Annual report of the Punjab Veterinary College and of the Civil Veterinary Department, Punjab - 1920-1925
Year: 1920
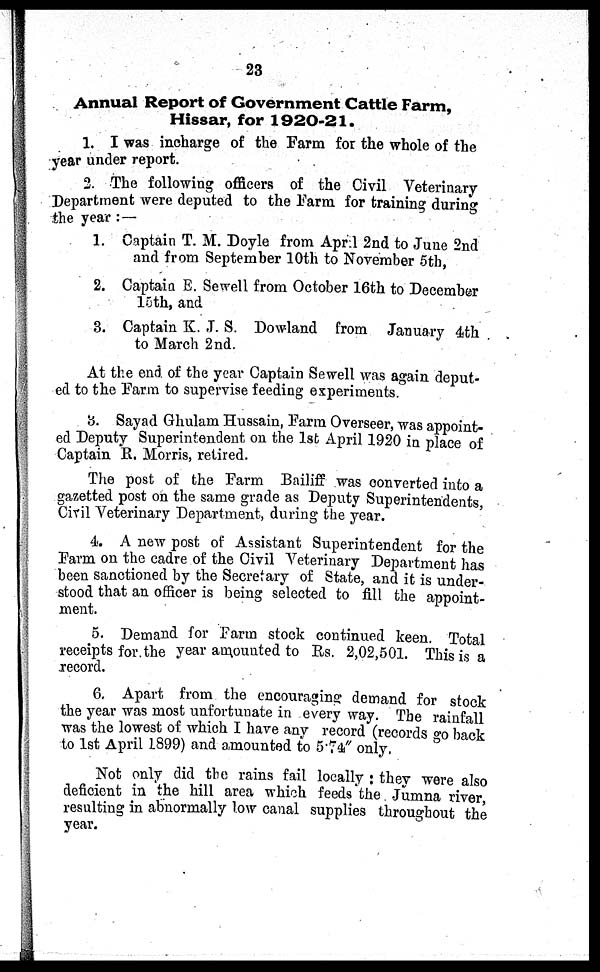
23
Annual Report of Government Cattle Farm,
Hissar, for 1920-21.
1. I was incharge of the Farm for the whole of the
year under report.
2. The following officers of the Civil Veterinary
Department were deputed to the Farm for training during
the year:—
1. Captain T. M. Doyle from April 2nd to June 2nd
and from September 10th to November 5th,
2. Captain E. Sewell from October 16th to December
15th, and
3. Captain K. J. S. Dowland from January 4th
to March 2nd.
At the end of the year Captain Sewell was again deput-
ed to the Farm to supervise feeding experiments.
3. Sayad Ghulam Hussain, Farm Overseer, was appoint-
ed Deputy Superintendent on the 1st April 1920 in place of
Captain R. Morris, retired.
The post of the Farm Bailiff was converted into a
gazetted post on the same grade as Deputy Superintendents
Civil Veterinary Department, during the year.
4. A new post of Assistant Superintendent for the
Farm on the cadre of the Civil Veterinary Department has
been sanctioned by the Secretary of State, and it is under-
stood that an officer is being selected to fill the appoint-
ment.
5. Demand for Farm stock continued keen. Total
receipts for the year amounted to Rs. 2,02,501. This is a
record.
6. Apart from the encouraging demand for stock
the year was most unfortunate in every way. The rainfall
was the lowest of which I have any record (records go back
to 1st April 1899) and amounted to 5.74" only.
Not only did the rains fail locally: they were also
deficient in the hill area which feeds the Jumna river
resulting in abnormally low canal supplies throughout the
year.